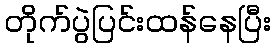
တိုက်ပွဲပြင်းထန်နေပြီး